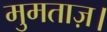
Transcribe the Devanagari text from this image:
मुमताज़।